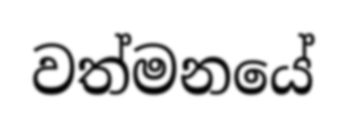
වත්මනයේ